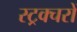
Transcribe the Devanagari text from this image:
स्ट्रक्चरों